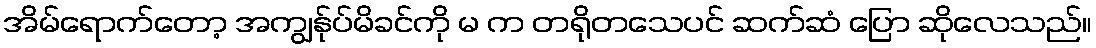
အိမ်ရောက်တော့ အကျွန်ုပ်မိခင်ကို မ က တရိုတသေပင် ဆက်ဆံ ပြော ဆိုလေသည်။